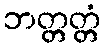
ဘတ္တတ္တံ